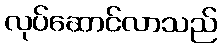
လုပ်ဆောင်လာသည်